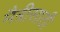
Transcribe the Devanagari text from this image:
मैत्रीसाठी